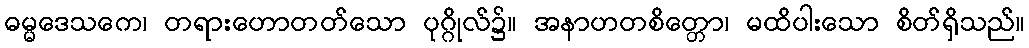
ဓမ္မဒေသကေ၊ တရားဟောတတ်သော ပုဂ္ဂိုလ်၌။ အနာဟတစိတ္တော၊ မထိပါးသော စိတ်ရှိသည်။